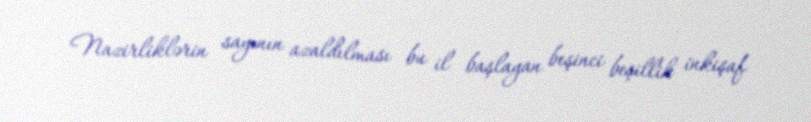
Nazirliklərin sayının azaldılması bu il başlayan beşinci beşillik inkişaf